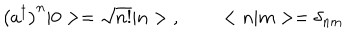
\left( a ^ { \dagger } \right) ^ { n } | 0 > = \sqrt { n ! } | n > \; , \; \; < n | m > = \delta _ { n m }